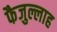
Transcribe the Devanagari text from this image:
फैजुल्लाह